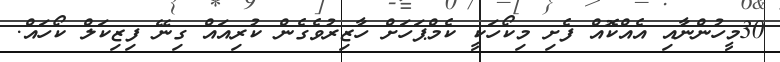
30މީހުންނާއި އެއްކޮއް ފެށި މިކޯހަކީ ކެމްޕަހަށް ހާޒިރުވެގެން ކުރިއައް ގިނޭ ފިޒިކަލް ކޯހައް.